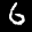
Label: 6